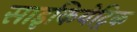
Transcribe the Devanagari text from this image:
साइकियेट्रिक